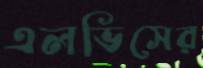
এলভিসের